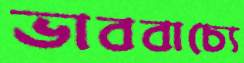
ভাববাচ্যে